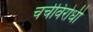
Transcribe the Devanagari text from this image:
चर्चविरोधी